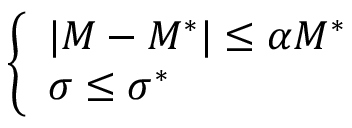
\left\{ \begin{array} { l l } { \lvert M - M ^ { * } \rvert \le \alpha M ^ { * } } \\ { \sigma \le \sigma ^ { * } } \end{array} \right.